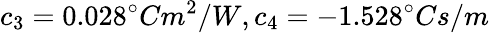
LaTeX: c_{3}=0.028^{\circ}Cm^{2}/W,c_{4}=-1.528^{\circ}Cs/m